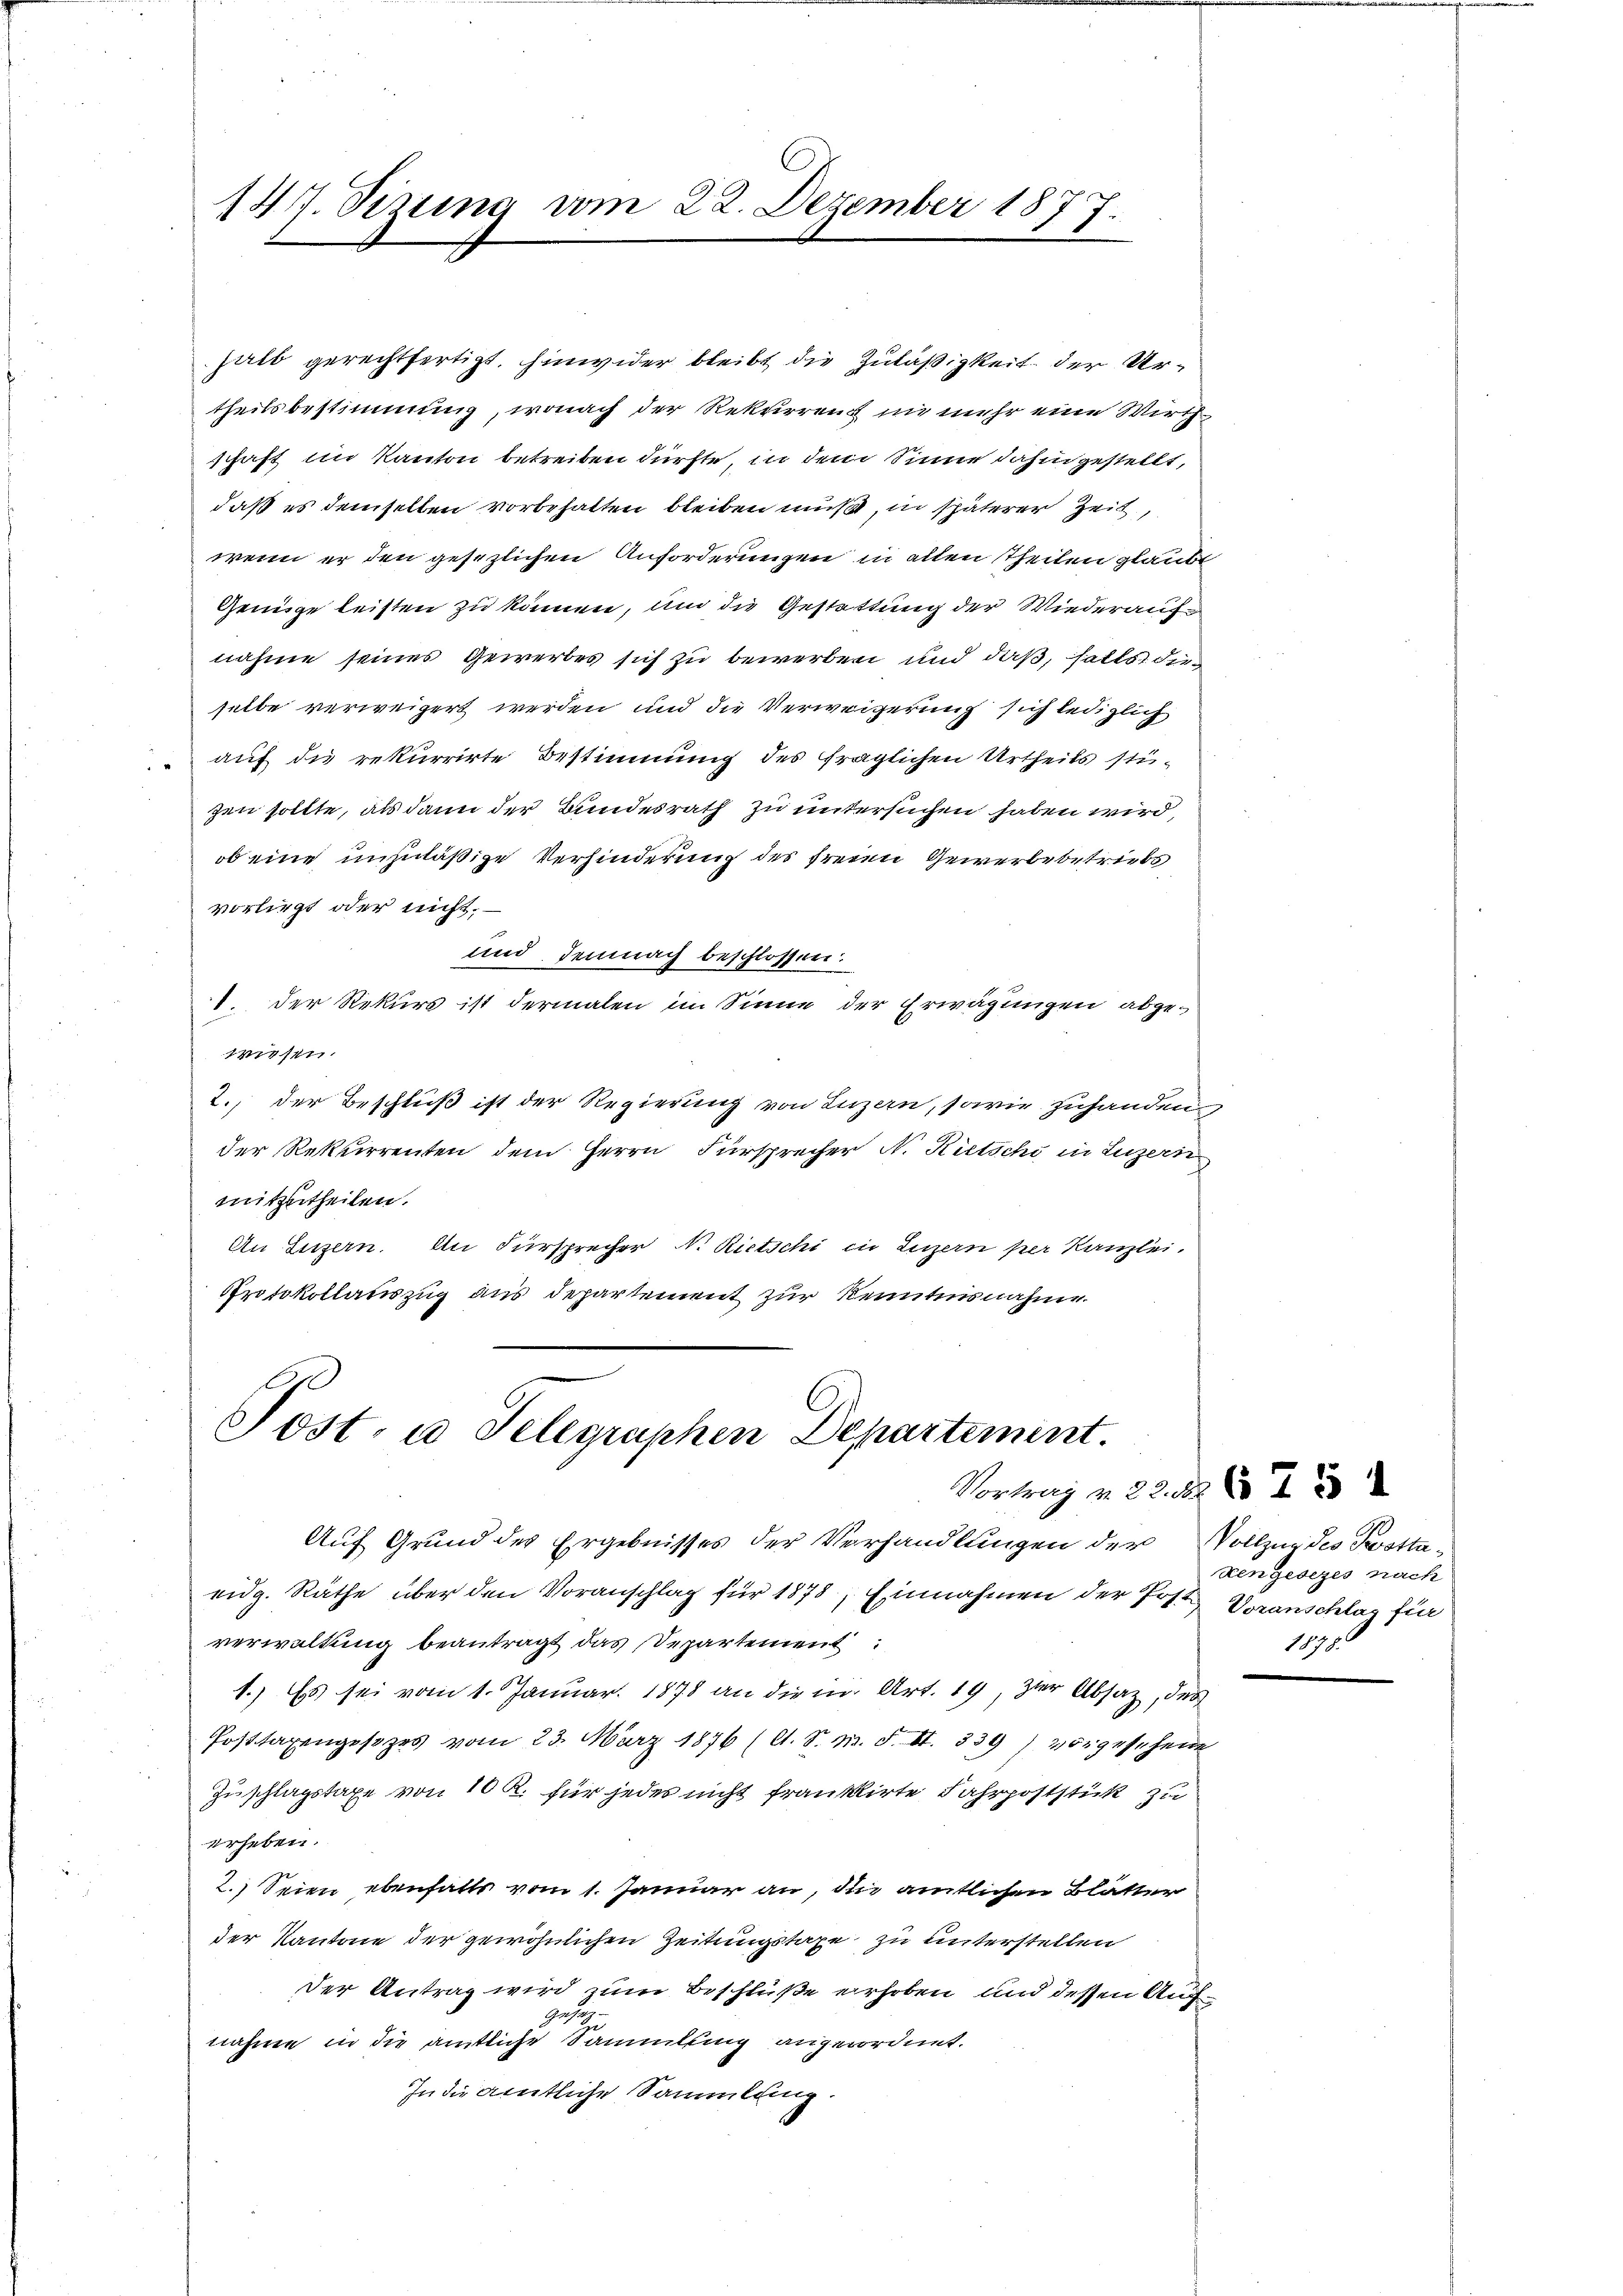
147. Sizung vom 22. Dezember 1877.

halb gerechtfertigt, hinwider bleibt die Zuläßigkeit der Urtheilsbestimmung, wonach der Rekurrenz in mehr eine Wirthschaft im Kanton betreiben dürfte, in dem Sinne dahin gestellt,
daß es demselben vorbehalten bleiben mußt, in späterer Zeit,
wenn er den gesezlichen Anforderungen in allen Theilen glaubt
Genüge leisten zu können, um die Gestattung der Wiederaufnahme seines Gewerbes sich zu bewerben und daß, satts dieselbe verweigert werden und die Verweigerung sich lediglich
auf die rekurrirte Bestimmung des fraglichen Urtheils stüzen sollte, als dann der Bundesrath zu untersuchen haben wird,
ob eine unzuläßige Verhinderung des freien Gewerbebetriebs
vorliegt oder nicht.
und demnach beschlossen:
1. Der Rekurs ist dermalen im Sinne der Erwägungen abgewiesen.
2., der Beschluß ist der Regierung von Luzern, sowie zuhanden
der Rekurrenten dem Herrn Fürsprecher N. Rietschi in Luzern
mitzutheilen.
An Luzern. An Fürsprecher N. Rietschi in Luzern per Kanzlei.
Protokollauszug aus departement zur Kenntnisnahme.

Post- u Gelegraphen Departement.

Auf Grund des Ergebnisses der Verhandlungen der Vollzug des Pottaeidg. Räthe über den Voranschlag für 1878, Einnahmen der Post. Voranschlag für
verwaltung beantragt das Departement
1.) Es sei vom 1. Januar 1878 an die in Art. 19, zur Absatz, das
Posttaxengesezes vom 23. März 1876 (lt. S. m. S. II. 339) 252 gesehene
Zuschlagstaxe von 10 R. für jedes nicht franklirte Fahrpoststück zu
erheben.
2.) Seien ebenfalls vom 1. Januar an, die amtlichen Blätter
der Kantone der gewöhnlichen Zeitungstaxe zu unterstellen
Der Antrag wird zum Beschlüße erhoben und dessen Auff
nahme in die amtliche Sammlung augerordnet.
In die amtliche Sammlung.

Vortrag v. 23. d. 6. 75
kengesezes nach
1898